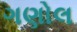
ગણોલ